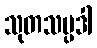
သုတသမ္ပဒါ